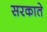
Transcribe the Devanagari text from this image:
सरकाते